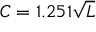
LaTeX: C = 1 . 2 5 1 { \sqrt { L } }